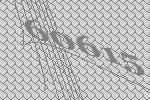
60615